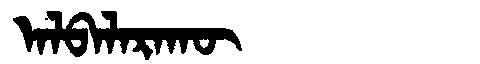
Manchu: ᠠᠯᠪᠠᠯᠠᡵᠠᡴᡡ
Romanization: ALBALARAKŪ